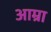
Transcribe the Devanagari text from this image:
आम्रा